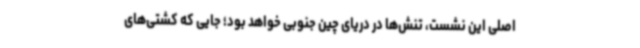
اصلی این نشست، تنش‌ها در دریای چین جنوبی خواهد بود؛ جایی که کشتی‌های